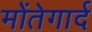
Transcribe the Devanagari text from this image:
मोंतेगार्द